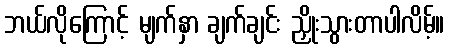
ဘယ်လိုကြောင့် မျက်နှာ ချက်ချင်း ညှိုးသွားတာပါလိမ့်။